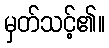
မှတ်သင့်၏။